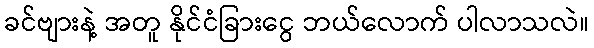
ခင်ဗျားနဲ့ အတူ နိုင်ငံခြားငွေ ဘယ်လောက် ပါလာသလဲ။